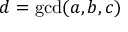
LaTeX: d = \operatorname* { g c d } ( a , b , c )